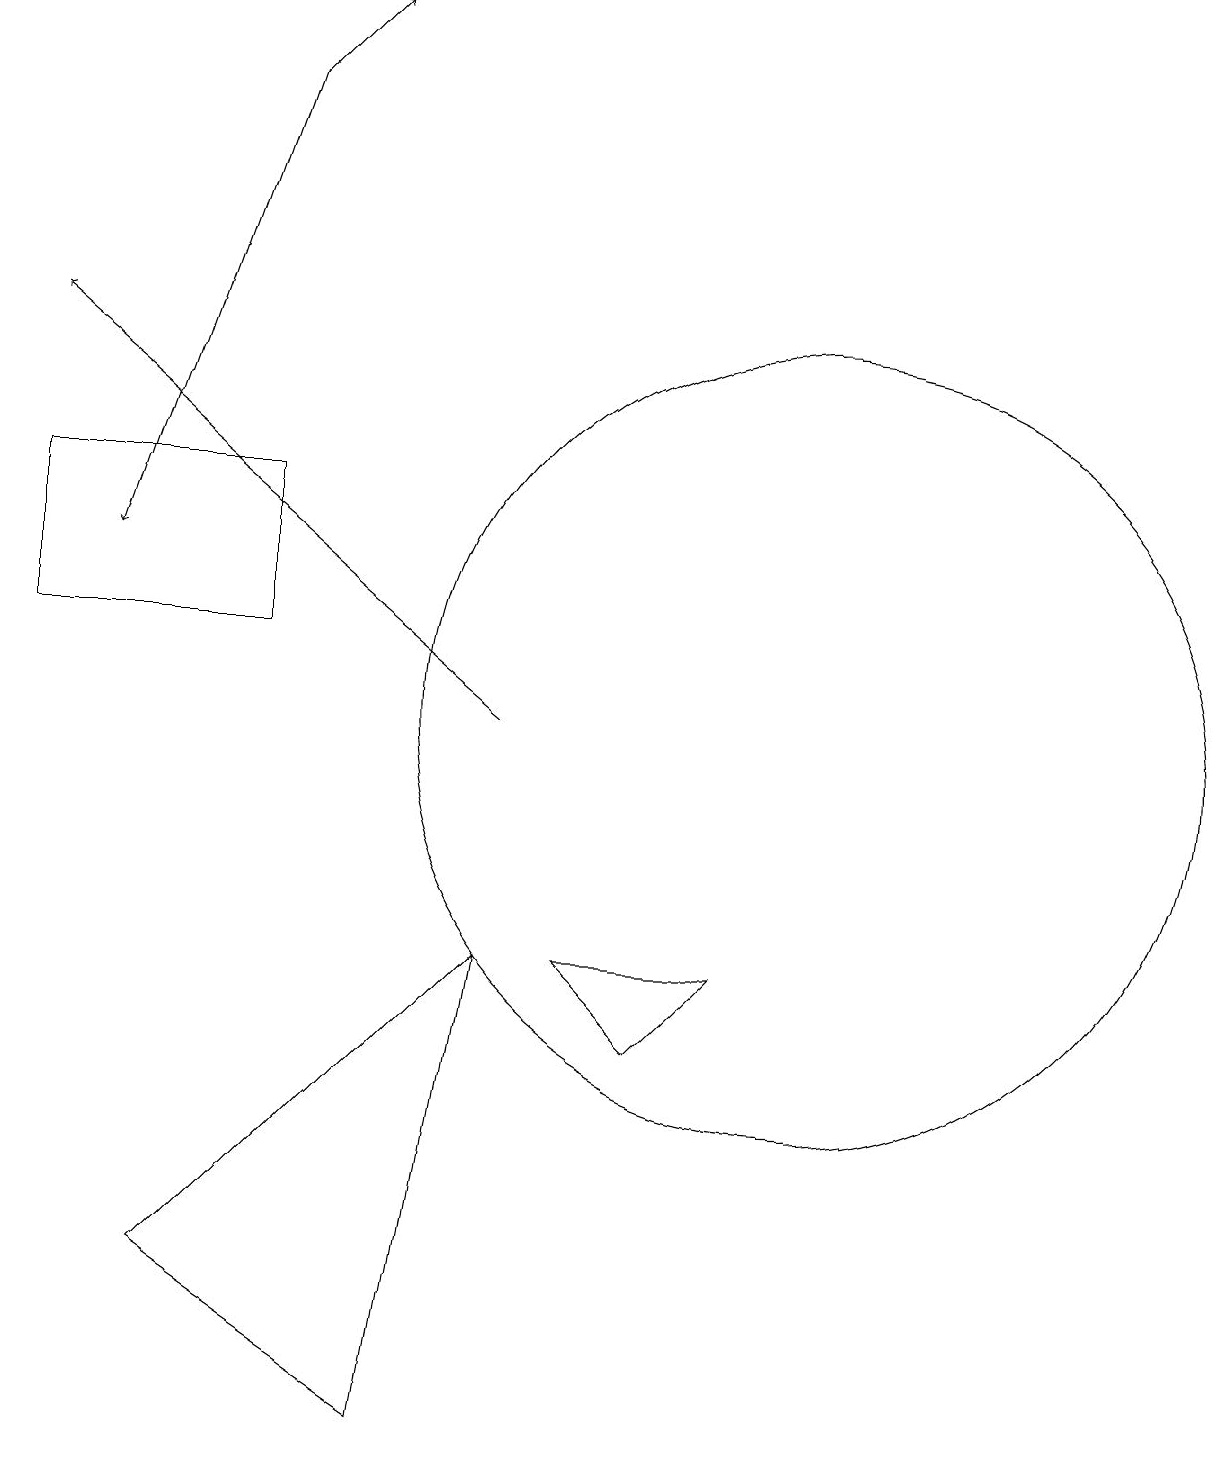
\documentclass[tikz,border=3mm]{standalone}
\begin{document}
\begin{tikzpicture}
\draw (0,11) rectangle (3,13);
\draw (8,6) -- (9,7) -- (7,7) -- cycle;
\draw (10,10) circle (5);
\draw (10,11) circle (0);
\draw[->] (3,18) -- (4,19);
\draw[->] (3,18) -- (1,12);
\draw[->] (6,10) -- (0,15);
\draw (5,1) -- (2,3) -- (6,7) -- cycle;
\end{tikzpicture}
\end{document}